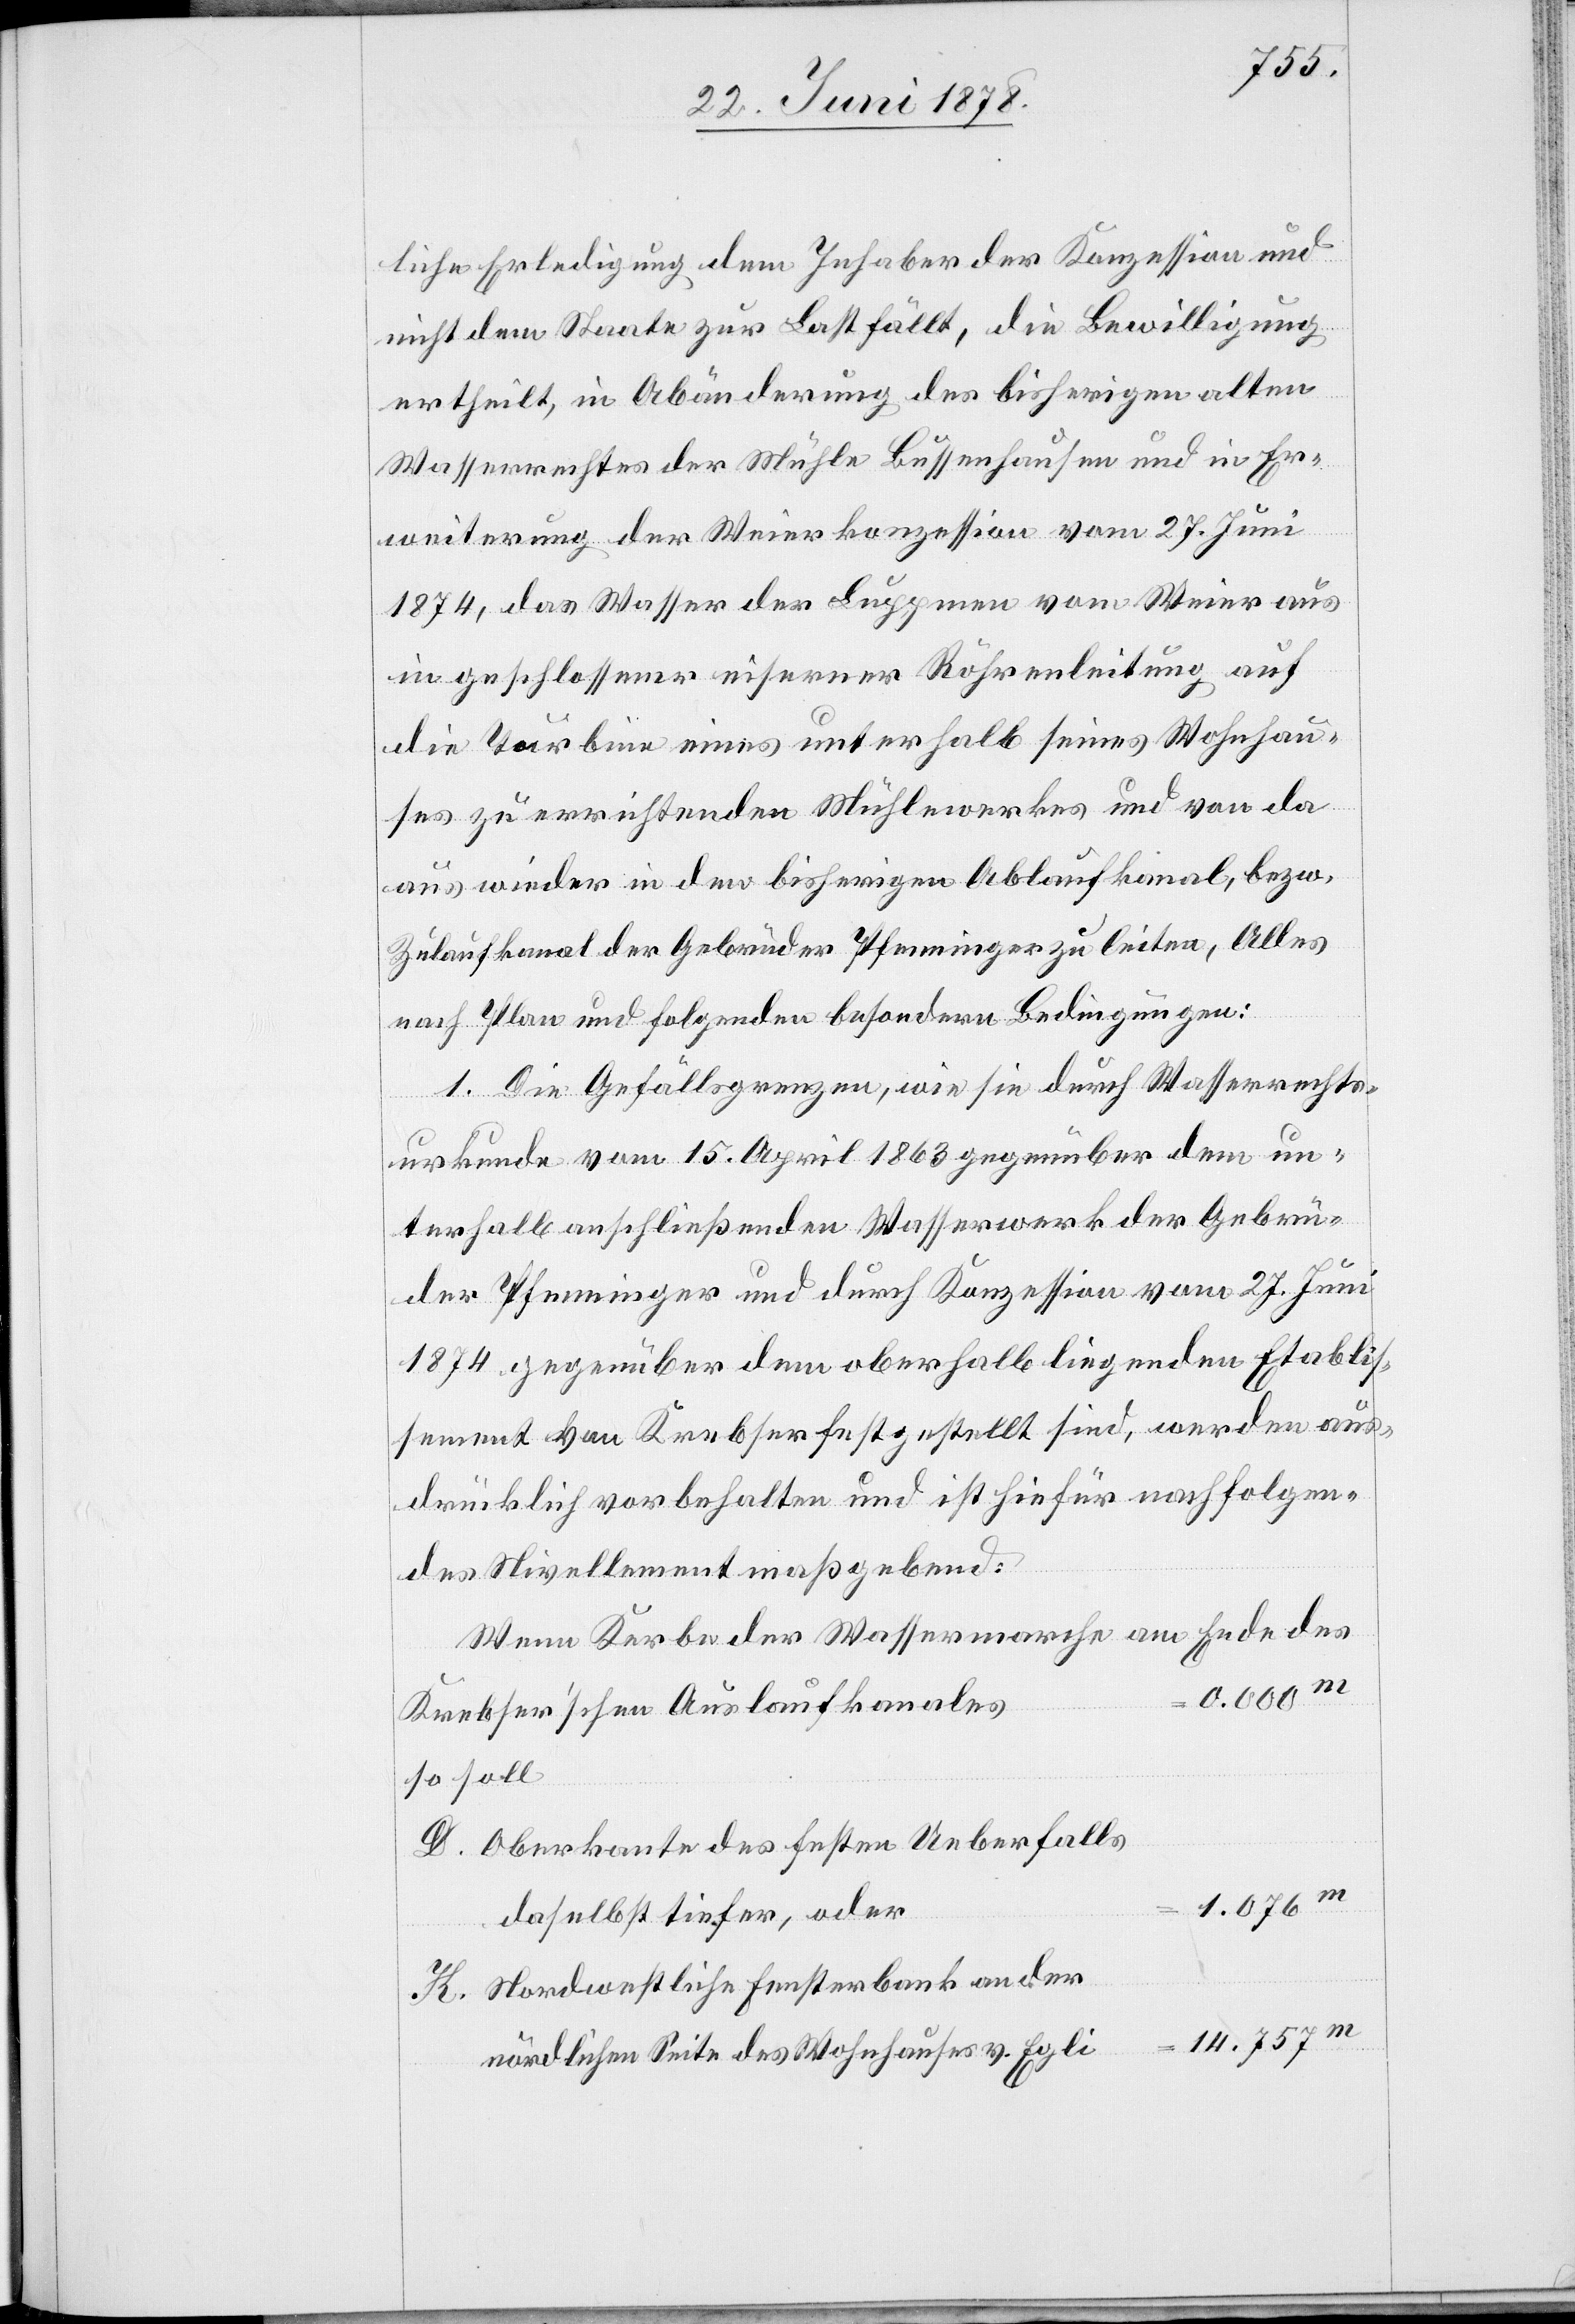
liche Erledigung dem Inhaber der Konzession und
nicht dem Staate zur Last fällt, die Bewilligung
ertheilt, in Abänderung des bisherigen alten
Wasserrechtes der Mühle Bussenhausen und in Er¬
weiterung der Weierkonzession vom 27. Juni
1874, das Wasser der Luppmen vom Weier aus
in geschlossener eiserner Röhrenleitung auf
die Turbine eines unterhalb seines Wohnhau¬
ses zu errichtenden Mühlewerkes und von da
aus wieder in den bisherigen Ablaufkanal, bezw.
Zulaufkanal der Gebrüder Pfenninger zu leiten, Alles
nach Plan und folgenden besondern Bedingungen:
1. Die Gefällsgrenzen, wie sie durch Wasserrechts¬
urkunde vom 15. April 1863 gegenüber dem un¬
terhalb anschließenden Wasserwerk der Gebrü¬
der Pfenninger und durch Konzession vom 27. Juni
1874 gegenüber dem oberhalb liegenden Etablis¬
sement von Krebser festgestellt sind, werden aus¬
drücklich vorbehalten und ist hiefür nachfolgen¬
des Nivellement maßgebend:
Wenn Kerbe der Wassermarche am Ende des
Krebser’schen Auslaufkanales
so soll
D. Oberkante des festen Ueberfalls
1.076m
daselbst tiefer, oder
K. Nordwestliche Fensterbank an der
nördlichen Seite des Wohnhauses v. Egli